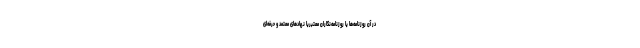
در آن روزنامه‌ها یا روزنامه‌نگاران معتبریا نهادهای معتمد و حرفه‌ای